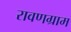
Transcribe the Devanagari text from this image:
रावणग्राम